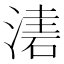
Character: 𣼤